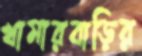
খামারবাড়ির